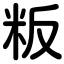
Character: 粄